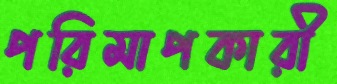
পরিমাপকারী